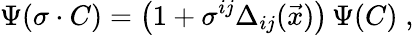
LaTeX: \Psi(\sigma\cdot C)=\left(1+\sigma^{ij}\Delta_{ij}(\vec{x})\right)\, \Psi(C)\; ,